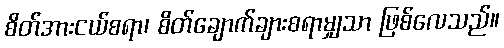
စိတ်အားငယ်စရာ၊ စိတ်ချောက်ချားစရာမျှသာ ဖြစ်လေသည်။